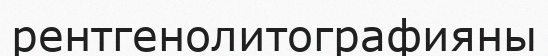
рентгенолитографияны